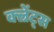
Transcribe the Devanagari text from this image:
क्ल्रेंट्स